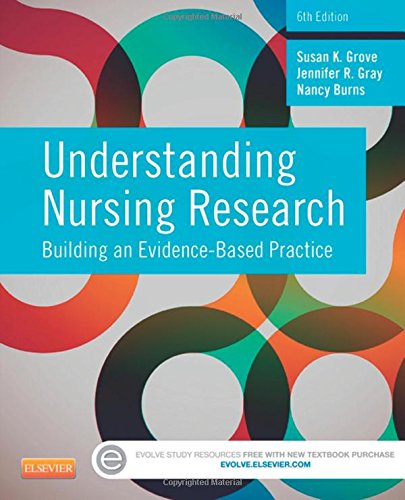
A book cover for Understanding Nursing Research: Building an Evidence-Based Practice, 6e; Susan K. Grove PhD  RN  ANP-BC  GNP-BC; Medical Books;